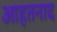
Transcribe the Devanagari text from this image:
आहतनाद